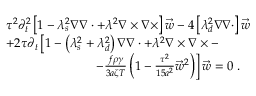
\begin{array} { r l } & { \tau ^ { 2 } \partial _ { t } ^ { 2 } \left[ 1 - \lambda _ { s } ^ { 2 } \nabla \nabla \cdot + \lambda ^ { 2 } \nabla \times \nabla \times \right] \vec { w } - 4 \left[ \lambda _ { d } ^ { 2 } \nabla \nabla \cdot \right] \vec { w } } \\ & { + 2 \tau \partial _ { t } \left[ 1 - \left( \lambda _ { s } ^ { 2 } + \lambda _ { d } ^ { 2 } \right) \nabla \nabla \cdot + \lambda ^ { 2 } \nabla \times \nabla \times - \right. } \\ & { \left. \ \ \ \ \ \ \ \ \ \ \ \ \ \ \ \ \ \ \ \ \ - \frac { f \rho \gamma } { 3 a \zeta T } \left( 1 - \frac { \tau ^ { 2 } } { 1 5 a ^ { 2 } } \vec { w } ^ { 2 } \right) \right] \vec { w } = 0 \ . } \end{array}